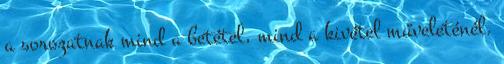
a sorozatnak mind a betétel, mind a kivétel műveleténél.